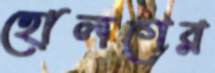
হোলগের